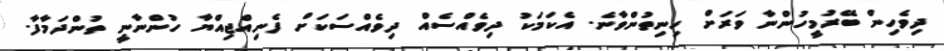
ދިވެހިން ބޭރުމީހުންނާ ވަރަށް ހިނިތުންވާނެ. އެކަމަކު ދިވެއްސެއް ދިވެއްސަކަށް ފެނިއްޖިއްޔާ ހުންނާނީ ތުންދަމާފާ.